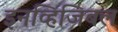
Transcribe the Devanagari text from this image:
इनव्हिजिबल